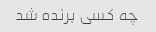
چه کسی برنده شد